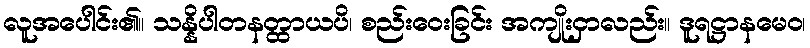
လူအပေါင်း၏။ သန္နိပါတနတ္ထာယပိ၊ စည်းဝေးခြင်း အကျိုးငှာလည်း။ ဒူရဋ္ဌာနမေဝ၊